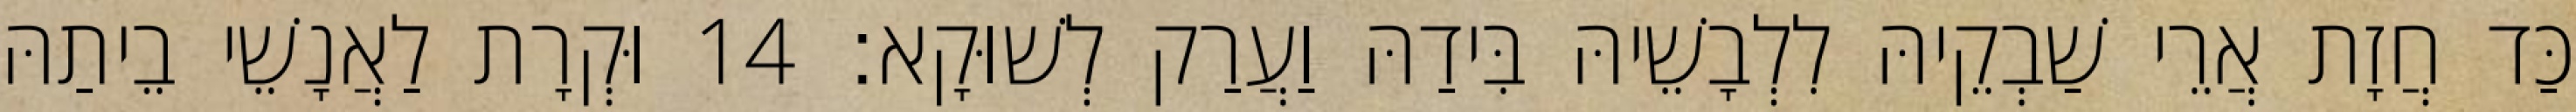
כַּד חֲזָת אֲרֵי שַׁבְקֵיהּ לִלְבָשֵׁיהּ בִּידַהּ וַעֲרַק לְשׁוּקָא׃ 14 וּקְרָת לַאֲנָשֵׁי בֵיתַהּ